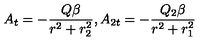
A _ { t } = - \frac { Q \beta } { r ^ { 2 } + r _ { 2 } ^ { 2 } } , A _ { 2 t } = - \frac { Q _ { 2 } \beta } { r ^ { 2 } + r _ { 1 } ^ { 2 } }